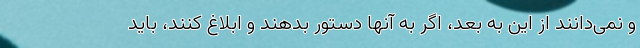
و نمی‌دانند از این به بعد، اگر به آنها دستور بدهند و ابلاغ کنند، باید